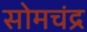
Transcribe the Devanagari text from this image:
सोमचंद्र